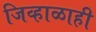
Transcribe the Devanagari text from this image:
जिव्हाळाही